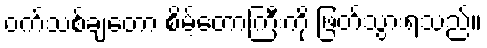
ဝက်သစ်ချတော စိမ့်တောကြီးကို ဖြတ်သွားရသည်။